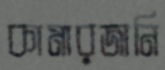
কামারজানি